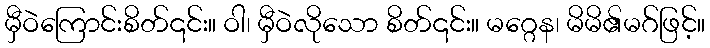
မှီဝဲကြောင်းစိတ်၎င်း။ ဝါ၊ မှီဝဲလိုသော စိတ်၎င်း။ မဂ္ဂေန၊ မိမိ၏မဂ်ဖြင့်။